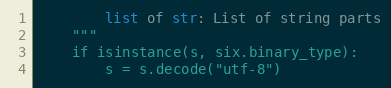
Language: Python
        list of str: List of string parts
    """
    if isinstance(s, six.binary_type):
        s = s.decode("utf-8")